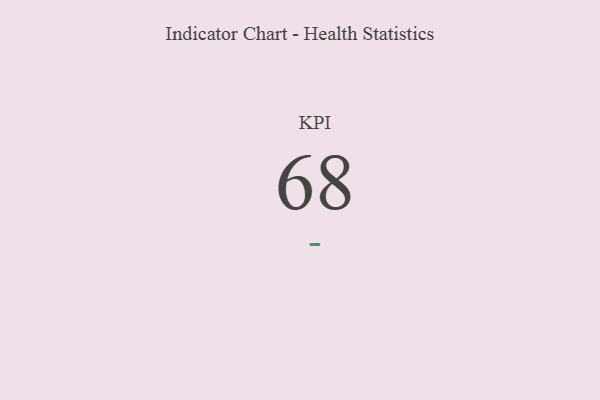
{"axis": {"x": "KPI", "y": "Value"}, "legend": [""], "data": [{"x": "KPI", "y": 68, "type": ""}]}